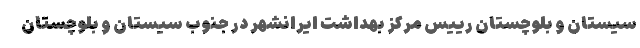
سیستان و بلوچستان رییس مرکز بهداشت ایرانشهر در جنوب سیستان و بلوچستان